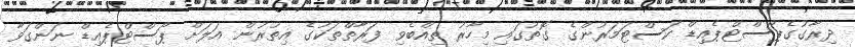
ދިރާގުގެޕޯސްޓްޕެއިޑް ކަސްޓަމަރުންގެ ގޮތުގައި މިހާރު ތިއްބެވި ފަރާތްތަކުގެ އިތުރުން އަލަށް ޕޯސްޓްޕެއިޑް ނަންގަވާ